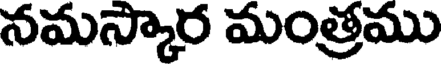
నమస్కార మంత్రము